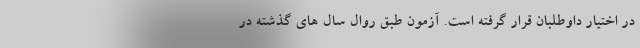
در اختیار داوطلبان قرار گرفته است. آزمون طبق روال سال های گذشته در